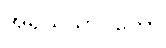
အရိယသာဝကော